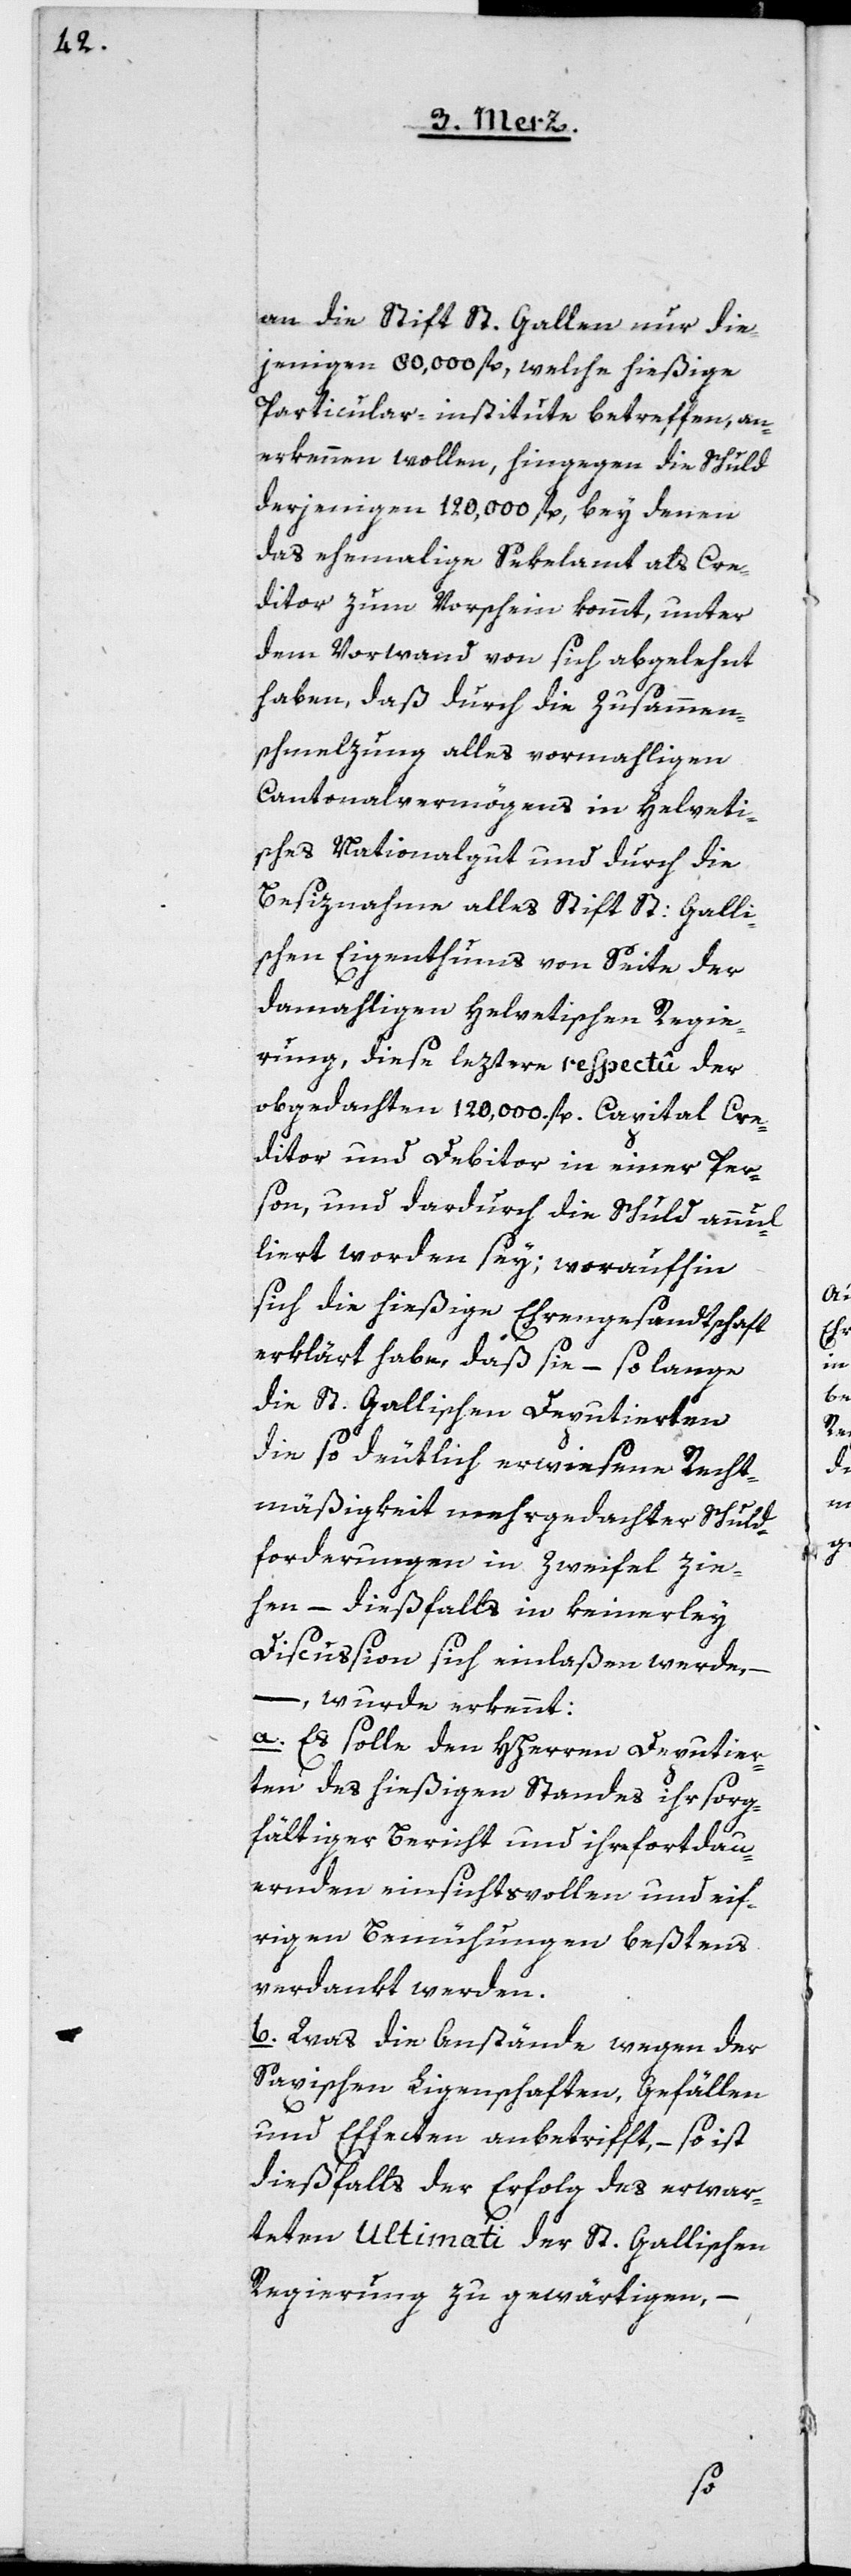
an die Stift St. Gallen nur die¬
jenigen 80,000 fl., welche hießige
Particular-institute betreffen, an¬
erkennen wollen, hingegen die Schuld
derjenigen 120,000 fl., bey denen
das ehemalige Sekelamt als Cre¬
ditor zum Vorschein kommt, unter
dem Vorwand von sich abgelehnt
haben, daß durch die Zusammen¬
schmelzung alles vormahligen
Cantonalvermögens in Helveti¬
sches Nationalgut und durch die
Besitznahme alles Stift St: Galli¬
schen Eigenthums von Seite der
damahligen Helvetischen Regie¬
rung, diese leztere respectû der
obgedachten 120,000 fl. Capital Cre¬
ditor und Debitor in einer Per¬
son, und dadurch die Schuld annul¬
liert worden sey; woraufhin
sich die hießige Ehrengesandtschaft
erklärt habe, daß sie – solange
die St. Gallischen Deputierten
die so deutlich erwiesene Recht¬
mäßigkeit mehrgedachter Schuld¬
forderungen in Zweifel zie¬
hen, – dießfalls in keinerley
Discussion sich einlaßen werde,
– wurde erkennt:
a. Es solle den HHerren Deputier¬
ten des hießigen Standes ihr sorg¬
fältiger Bericht und ihre fortdau¬
ernden einsichtsvollen und eif¬
rigen Bemühungen beßtens
verdankt werden.
b. Was die Anstände wegen der
Saxischen Ligenschaften, Gefällen
und Effecten anbetrifft, – so ist
dießfalls der Erfolg des erwar¬
teten Ultimati der St. Gallischen
Regierung zu gewärtigen,